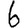
Digit: 6